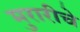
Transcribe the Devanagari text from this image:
मुरारीचे